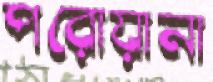
পরোয়ানা